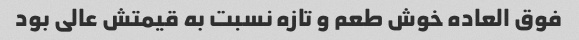
فوق العاده خوش طعم و تازه نسبت به قیمتش عالی بود